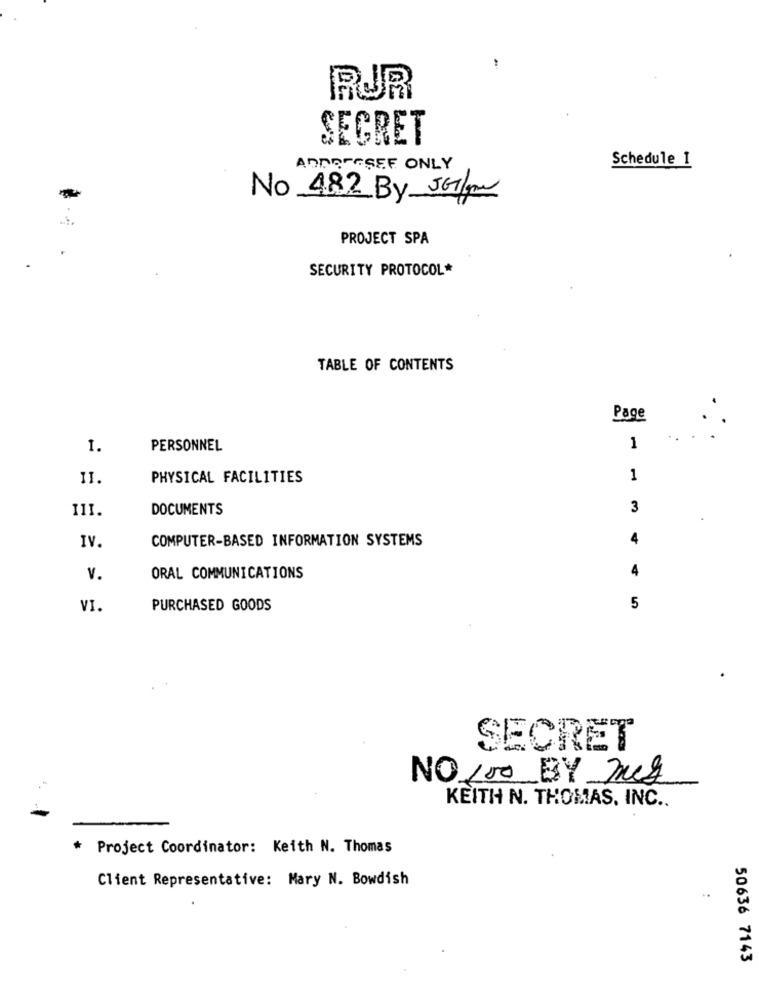
RUR
SECRET
Schedule 1
ADDRESSEE ONLY
No 482 By 5G/m
PROJECT SPA
SECURITY PROTOCOL*
TABLE OF CONTENTS
Page
1.
PERSONNEL
1
II.
PHYSICAL FACILITIES
1
III.
DOCUMENTS
3
COMPUTER-BASED INFORMATION SYSTEMS
IV.
V.
ORAL COMMUNICATIONS
VI.
PURCHASED GOODS
5
SECRET
NO 100 BY meg
KEITH N. THOMAS, INC ..
Project Coordinator: Keith N. Thomas
Client Representative: Mary N. Bowdish
50636 7143